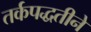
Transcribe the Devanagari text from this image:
तर्कपद्धतीने